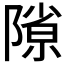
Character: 𨻶